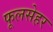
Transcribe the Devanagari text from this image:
फूलसेहर